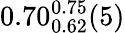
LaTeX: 0.70_{0.62}^{0.75}(5)